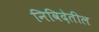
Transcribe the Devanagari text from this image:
निविदेतील